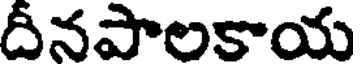
దీనపాలకాయ